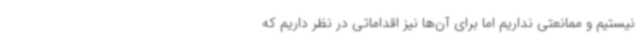
نیستیم و ممانعتی نداریم اما برای آن‌ها نیز اقداماتی در نظر داریم که